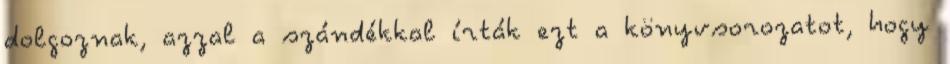
dolgoznak, azzal a szándékkal írták ezt a könyvsorozatot, hogy